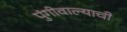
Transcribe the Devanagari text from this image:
पुंगीवाल्याची